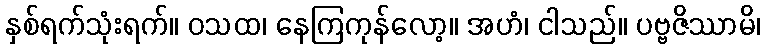
နှစ်ရက်သုံးရက်။ ဝသထ၊ နေကြကုန်လော့။ အဟံ၊ ငါသည်။ ပဗ္ဗဇိဿာမိ၊